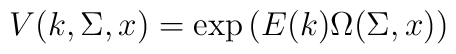
V(k,\Sigma , x) = \exp \left( E(k) \Omega (\Sigma ,x) \right)